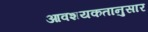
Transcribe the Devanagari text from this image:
आवशयकतानुसार